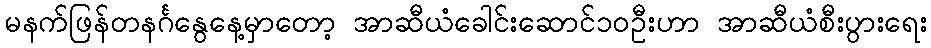
မနက်ဖြန်တနင်္ဂနွေနေ့မှာတော့ အာဆီယံခေါင်းဆောင်၁၀ဦးဟာ အာဆီယံစီးပွားရေး